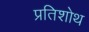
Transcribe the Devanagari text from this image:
प्रतिशोथ